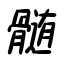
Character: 髄